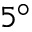
5 ^ { \circ }